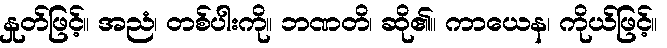
နှုတ်ဖြင့်။ အညံ၊ တစ်ပါးကို။ ဘဏတိ၊ ဆို၏။ ကာယေန၊ ကိုယ်ဖြင့်။